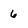
Character: 6